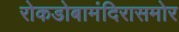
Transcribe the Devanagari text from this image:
रोकडोबामंदिरासमोर